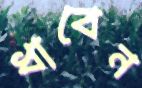
ধাবেন